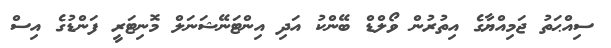
ސިއްޙަތު ޖަމިއްޔާގެ އިތުރުން ވޯލްޑް ބޭންކު އަދި އިންޓަނޭޝަނަލް މޮނިޓަރީ ފަންޑުގެ އިސް